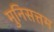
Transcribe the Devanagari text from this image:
मुनिसत्तम